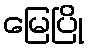
မြေပြို